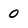
Character: 0